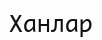
Ханлар